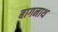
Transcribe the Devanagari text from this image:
बागनाथ